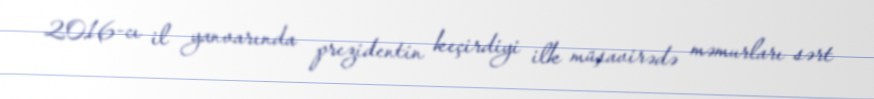
2016-cı il yanvarında prezidentin keçirdiyi ilk müşavirədə məmurları sərt